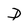
Character: D